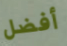
أفضل